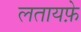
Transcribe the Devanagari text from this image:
लतायफ़े